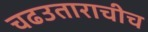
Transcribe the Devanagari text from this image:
चढउताराचीच